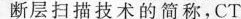
偏转线圈探测器断层扫描技术的简称，CT